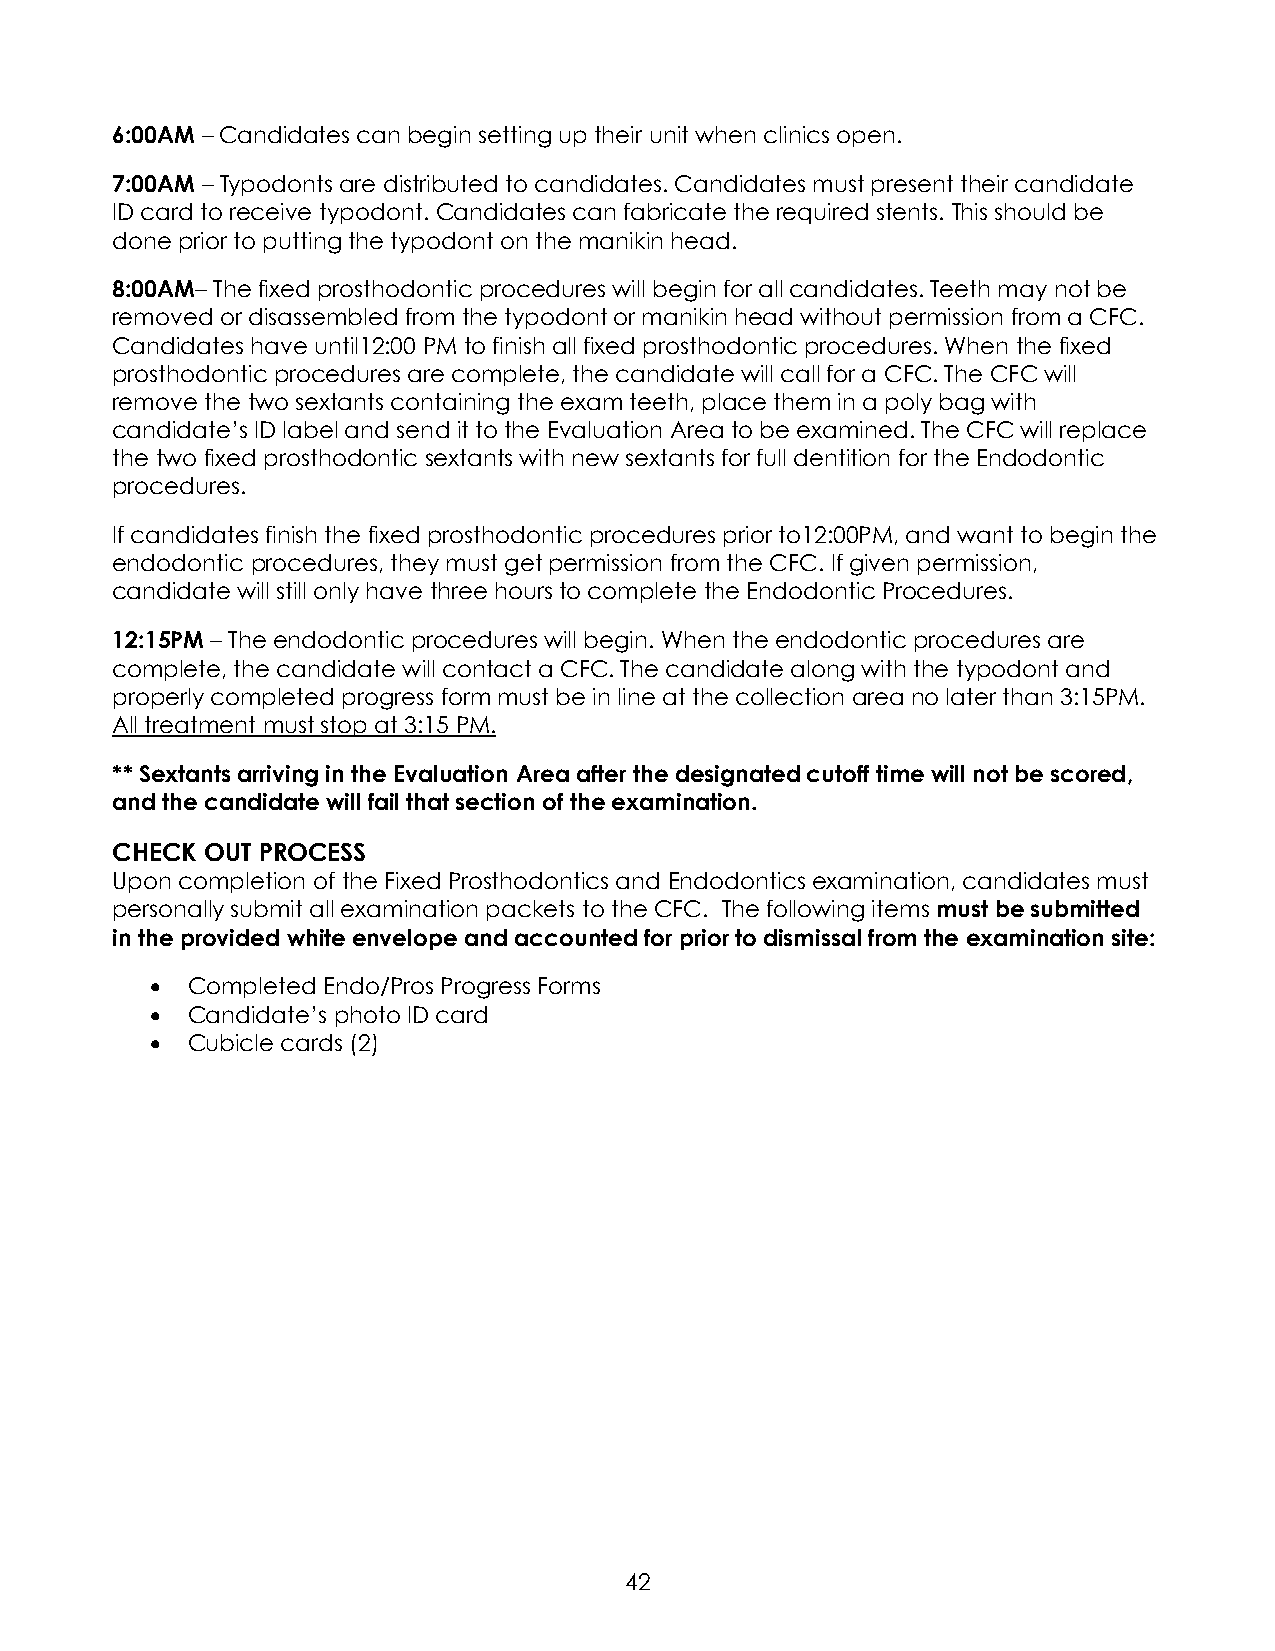
6:00AM – Candidates can begin setting up their unit when clinics open.
 7:00AM – Typodonts are distributed to candidates. Candidates must present their candidate
 ID card to receive typodont. Candidates can fabricate the required stents. This should be
 done prior to putting the typodont on the manikin head.
 8:00AM– The fixed prosthodontic procedures will begin for all candidates. Teeth may not be
 removed or disassembled from the typodont or manikin head without permission from a CFC.
 Candidates have until12:00 PM to finish all fixed prosthodontic procedures. When the fixed
 prosthodontic procedures are complete, the candidate will call for a CFC. The CFC will
 remove the two sextants containing the exam teeth, place them in a poly bag with
 candidate’s ID label and send it to the Evaluation Area to be examined. The CFC will replace
 the two fixed prosthodontic sextants with new sextants for full dentition for the Endodontic
 procedures.
 If candidates finish the fixed prosthodontic procedures prior to12:00PM, and want to begin the
 endodontic procedures, they must get permission from the CFC. If given permission,
 candidate will still only have three hours to complete the Endodontic Procedures.
 12:15PM – The endodontic procedures will begin. When the endodontic procedures are
 complete, the candidate will contact a CFC. The candidate along with the typodont and
 properly completed progress form must be in line at the collection area no later than 3:15PM.
 All treatment must stop at 3:15 PM.
 ** Sextants arriving in the Evaluation Area after the designated cutoff time will not be scored,
 and the candidate will fail that section of the examination.
 CHECK  OUT PROCESS
 Upon completion of the Fixed Prosthodontics and Endodontics examination, candidates must
 personally submit all examination packets to the CFC. The following items must be submitted
 in the provided white envelope and accounted for prior to dismissal from the examination site:
 • Completed Endo/Pros Progress Forms
 • Candidate’s photo ID card
 • Cubicle cards (2)
 42